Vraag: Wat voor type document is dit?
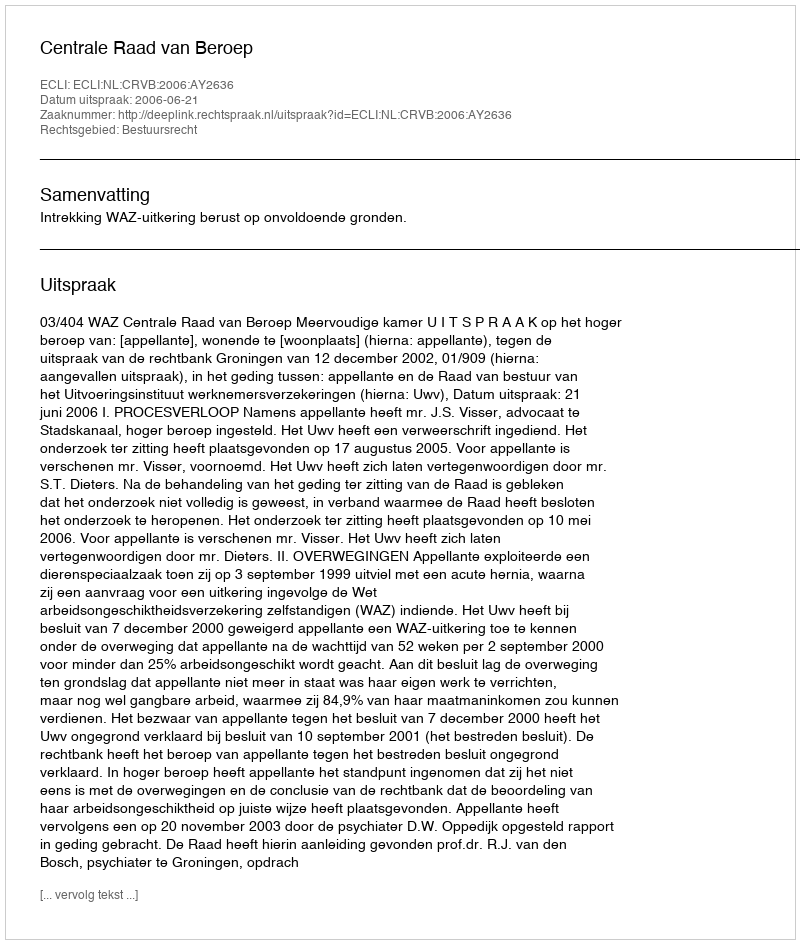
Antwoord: Uitspraak